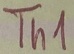
Text: Th1